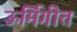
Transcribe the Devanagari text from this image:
ऊर्मिगीत